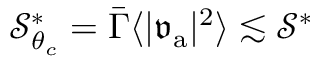
\mathcal { S } _ { \theta _ { c } } ^ { * } = \bar { \Gamma } \langle \vert \mathfrak { v } _ { \mathrm { a } } \vert ^ { 2 } \rangle \lesssim \mathcal { S } ^ { * }